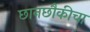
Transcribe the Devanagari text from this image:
छानछौकीचा